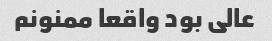
عالی بود واقعا ممنونم